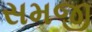
સમજી